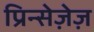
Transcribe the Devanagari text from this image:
प्रिन्सेज़ेज़